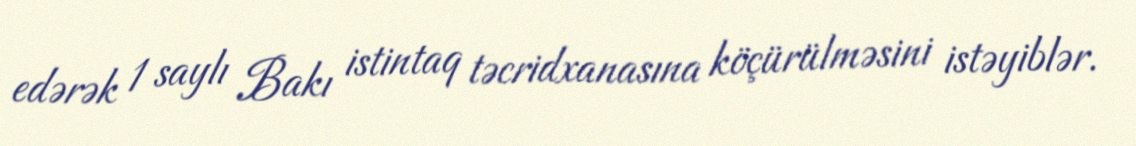
edərək 1 saylı Bakı istintaq təcridxanasına köçürülməsini istəyiblər.